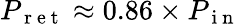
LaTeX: P_{\mathrm{~r~e~t~}}\approx 0.86\times P_{\mathrm{~i~n~}}